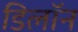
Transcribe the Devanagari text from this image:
डिलॉन